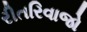
રીતરિવાજો